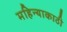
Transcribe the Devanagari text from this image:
महिन्याकाठी